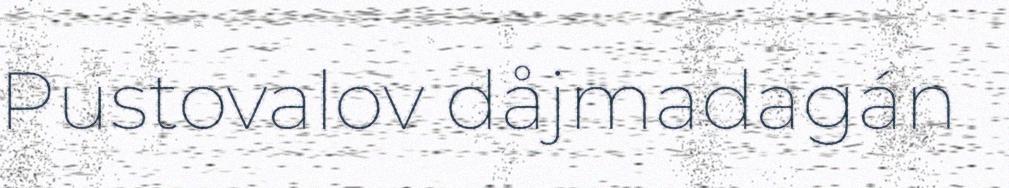
Pustovalov dåjmadagán